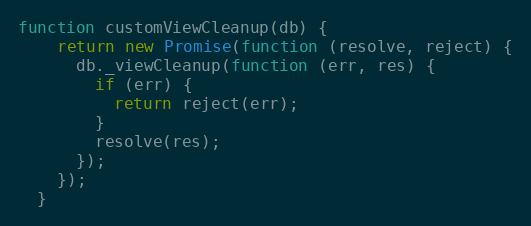
Language: JavaScript
function customViewCleanup(db) {
    return new Promise(function (resolve, reject) {
      db._viewCleanup(function (err, res) {
        if (err) {
          return reject(err);
        }
        resolve(res);
      });
    });
  }